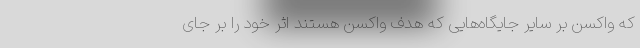
که واکسن بر سایر جایگاه‌هایی که هدف واکسن هستند اثر خود را بر جای